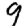
Digit: 9